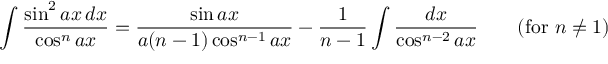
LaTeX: \int { \frac { \sin ^ { 2 } a x \, d x } { \cos ^ { n } a x } } = { \frac { \sin a x } { a ( n - 1 ) \cos ^ { n - 1 } a x } } - { \frac { 1 } { n - 1 } } \int { \frac { d x } { \cos ^ { n - 2 } a x } } \qquad { \mathrm { ( f o r ~ } } n \neq 1 { \mathrm { ) } }